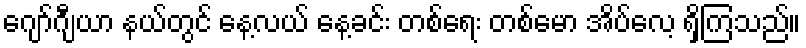
ဂျော်ဂျီယာ နယ်တွင် နေ့လယ် နေ့ခင်း တစ်ရေး တစ်မော အိပ်လေ့ ရှိကြသည်။